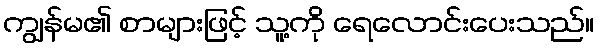
ကျွန်မ၏ စာများဖြင့် သူ့ကို ရေလောင်းပေးသည်။